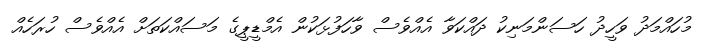
މުހައްމަދު ވަހީދު ހަސަންމަނިކު ދައްކަވާ އެއްވެސް ވާހަފުޅަކުން އެމްޑީޕީގެ މަސައްކަތަށް އެއްވެސް ހުރަހެއް